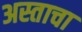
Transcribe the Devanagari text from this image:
अस्ताचा